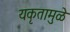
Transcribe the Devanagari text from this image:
यकृतामुळे